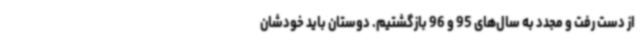
از دست رفت و مجدد به سال‌های 95 و 96 بازگشتیم. دوستان باید خودشان